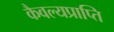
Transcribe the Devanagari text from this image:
कैवल्यप्राप्ति